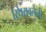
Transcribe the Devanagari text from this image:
स्थिरावलेली